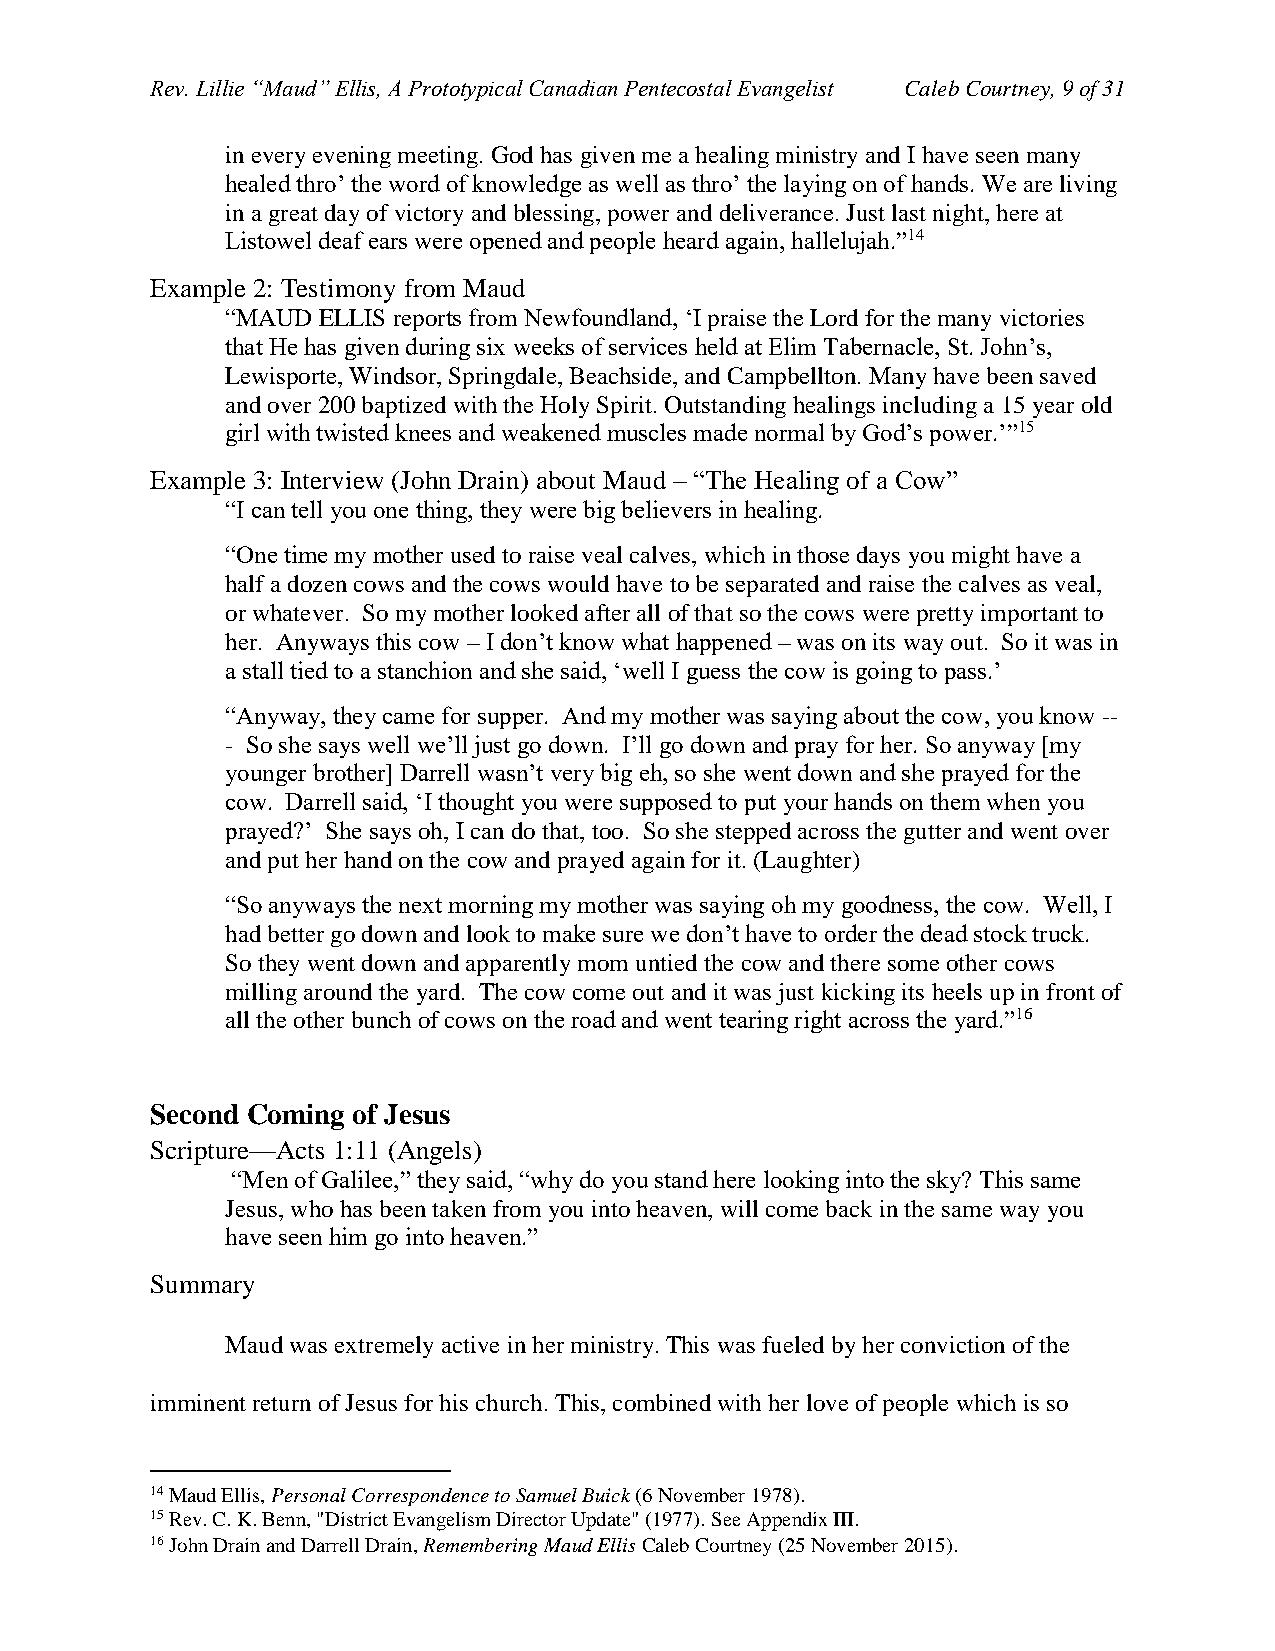
Rev. Lillie “Maud” Ellis, A Prototypical Canadian Pentecostal Evangelist Caleb Courtney, 9 of 31
 in every evening meeting. God has given me a healing ministry and I have seen many
 healed thro’ the word of knowledge as well as thro’ the laying on of hands. We are living
 in a great day of victory and blessing, power and deliverance. Just last night, here at
 Listowel deaf ears were opened and people heard again, hallelujah.”14
 Example 2: Testimony from Maud
 “MAUD ELLIS reports from Newfoundland, ‘I praise the Lord for the many victories
 that He has given during six weeks of services held at Elim Tabernacle, St. John’s,
 Lewisporte, Windsor, Springdale, Beachside, and Campbellton. Many have been saved
 and over 200 baptized with the Holy Spirit. Outstanding healings including a 15 year old
 girl with twisted knees and weakened muscles made normal by God’s power.’”15
 Example 3: Interview (John Drain) about Maud – “The Healing of a Cow”
 “I can tell you one thing, they were big believers in healing.
 “One time my mother used to raise veal calves, which in those days you might have a
 half a dozen cows and the cows would have to be separated and raise the calves as veal,
 or whatever. So my mother looked after all of that so the cows were pretty important to
 her. Anyways this cow – I don’t know what happened – was on its way out. So it was in
 a stall tied to a stanchion and she said, ‘well I guess the cow is going to pass.’
 “Anyway, they came for supper. And my mother was saying about the cow, you know --
 - So she says well we’ll just go down. I’ll go down and pray for her. So anyway [my
 younger brother] Darrell wasn’t very big eh, so she went down and she prayed for the
 cow. Darrell said, ‘I thought you were supposed to put your hands on them when you
 prayed?’ She says oh, I can do that, too. So she stepped across the gutter and went over
 and put her hand on the cow and prayed again for it. (Laughter)
 “So anyways the next morning my mother was saying oh my goodness, the cow. Well, I
 had better go down and look to make sure we don’t have to order the dead stock truck.
 So they went down and apparently mom untied the cow and there some other cows
 milling around the yard. The cow come out and it was just kicking its heels up in front of
 all the other bunch of cows on the road and went tearing right across the yard.”16
 Second Coming of Jesus
 Scripture—Acts 1:11 (Angels)
 “Men of Galilee,” they said, “why do you stand here looking into the sky? This same
 Jesus, who has been taken from you into heaven, will come back in the same way you
 have seen him go into heaven.”
 Summary
 Maud was extremely active in her ministry. This was fueled by her conviction of the
 imminent return of Jesus for his church. This, combined with her love of people which is so
 14 Maud Ellis, Personal Correspondence to Samuel Buick (6 November 1978).
 15 Rev. C. K. Benn, "District Evangelism Director Update" (1977). See Appendix III.
 16 John Drain and Darrell Drain, Remembering Maud Ellis Caleb Courtney (25 November 2015).